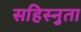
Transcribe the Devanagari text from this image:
सहिस्नुता